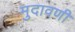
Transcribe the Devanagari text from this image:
मुदावणी